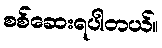
စစ်ဆေးရပါတယ်။